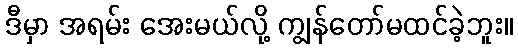
ဒီမှာ အရမ်း အေးမယ်လို့ ကျွန်တော်မထင်ခဲ့ဘူး။